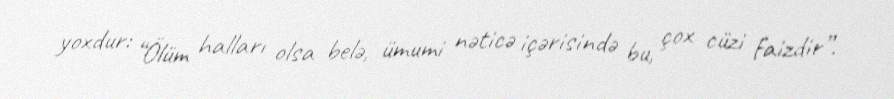
yoxdur: “Ölüm halları olsa belə, ümumi nəticə içərisində bu, çox cüzi faizdir”.